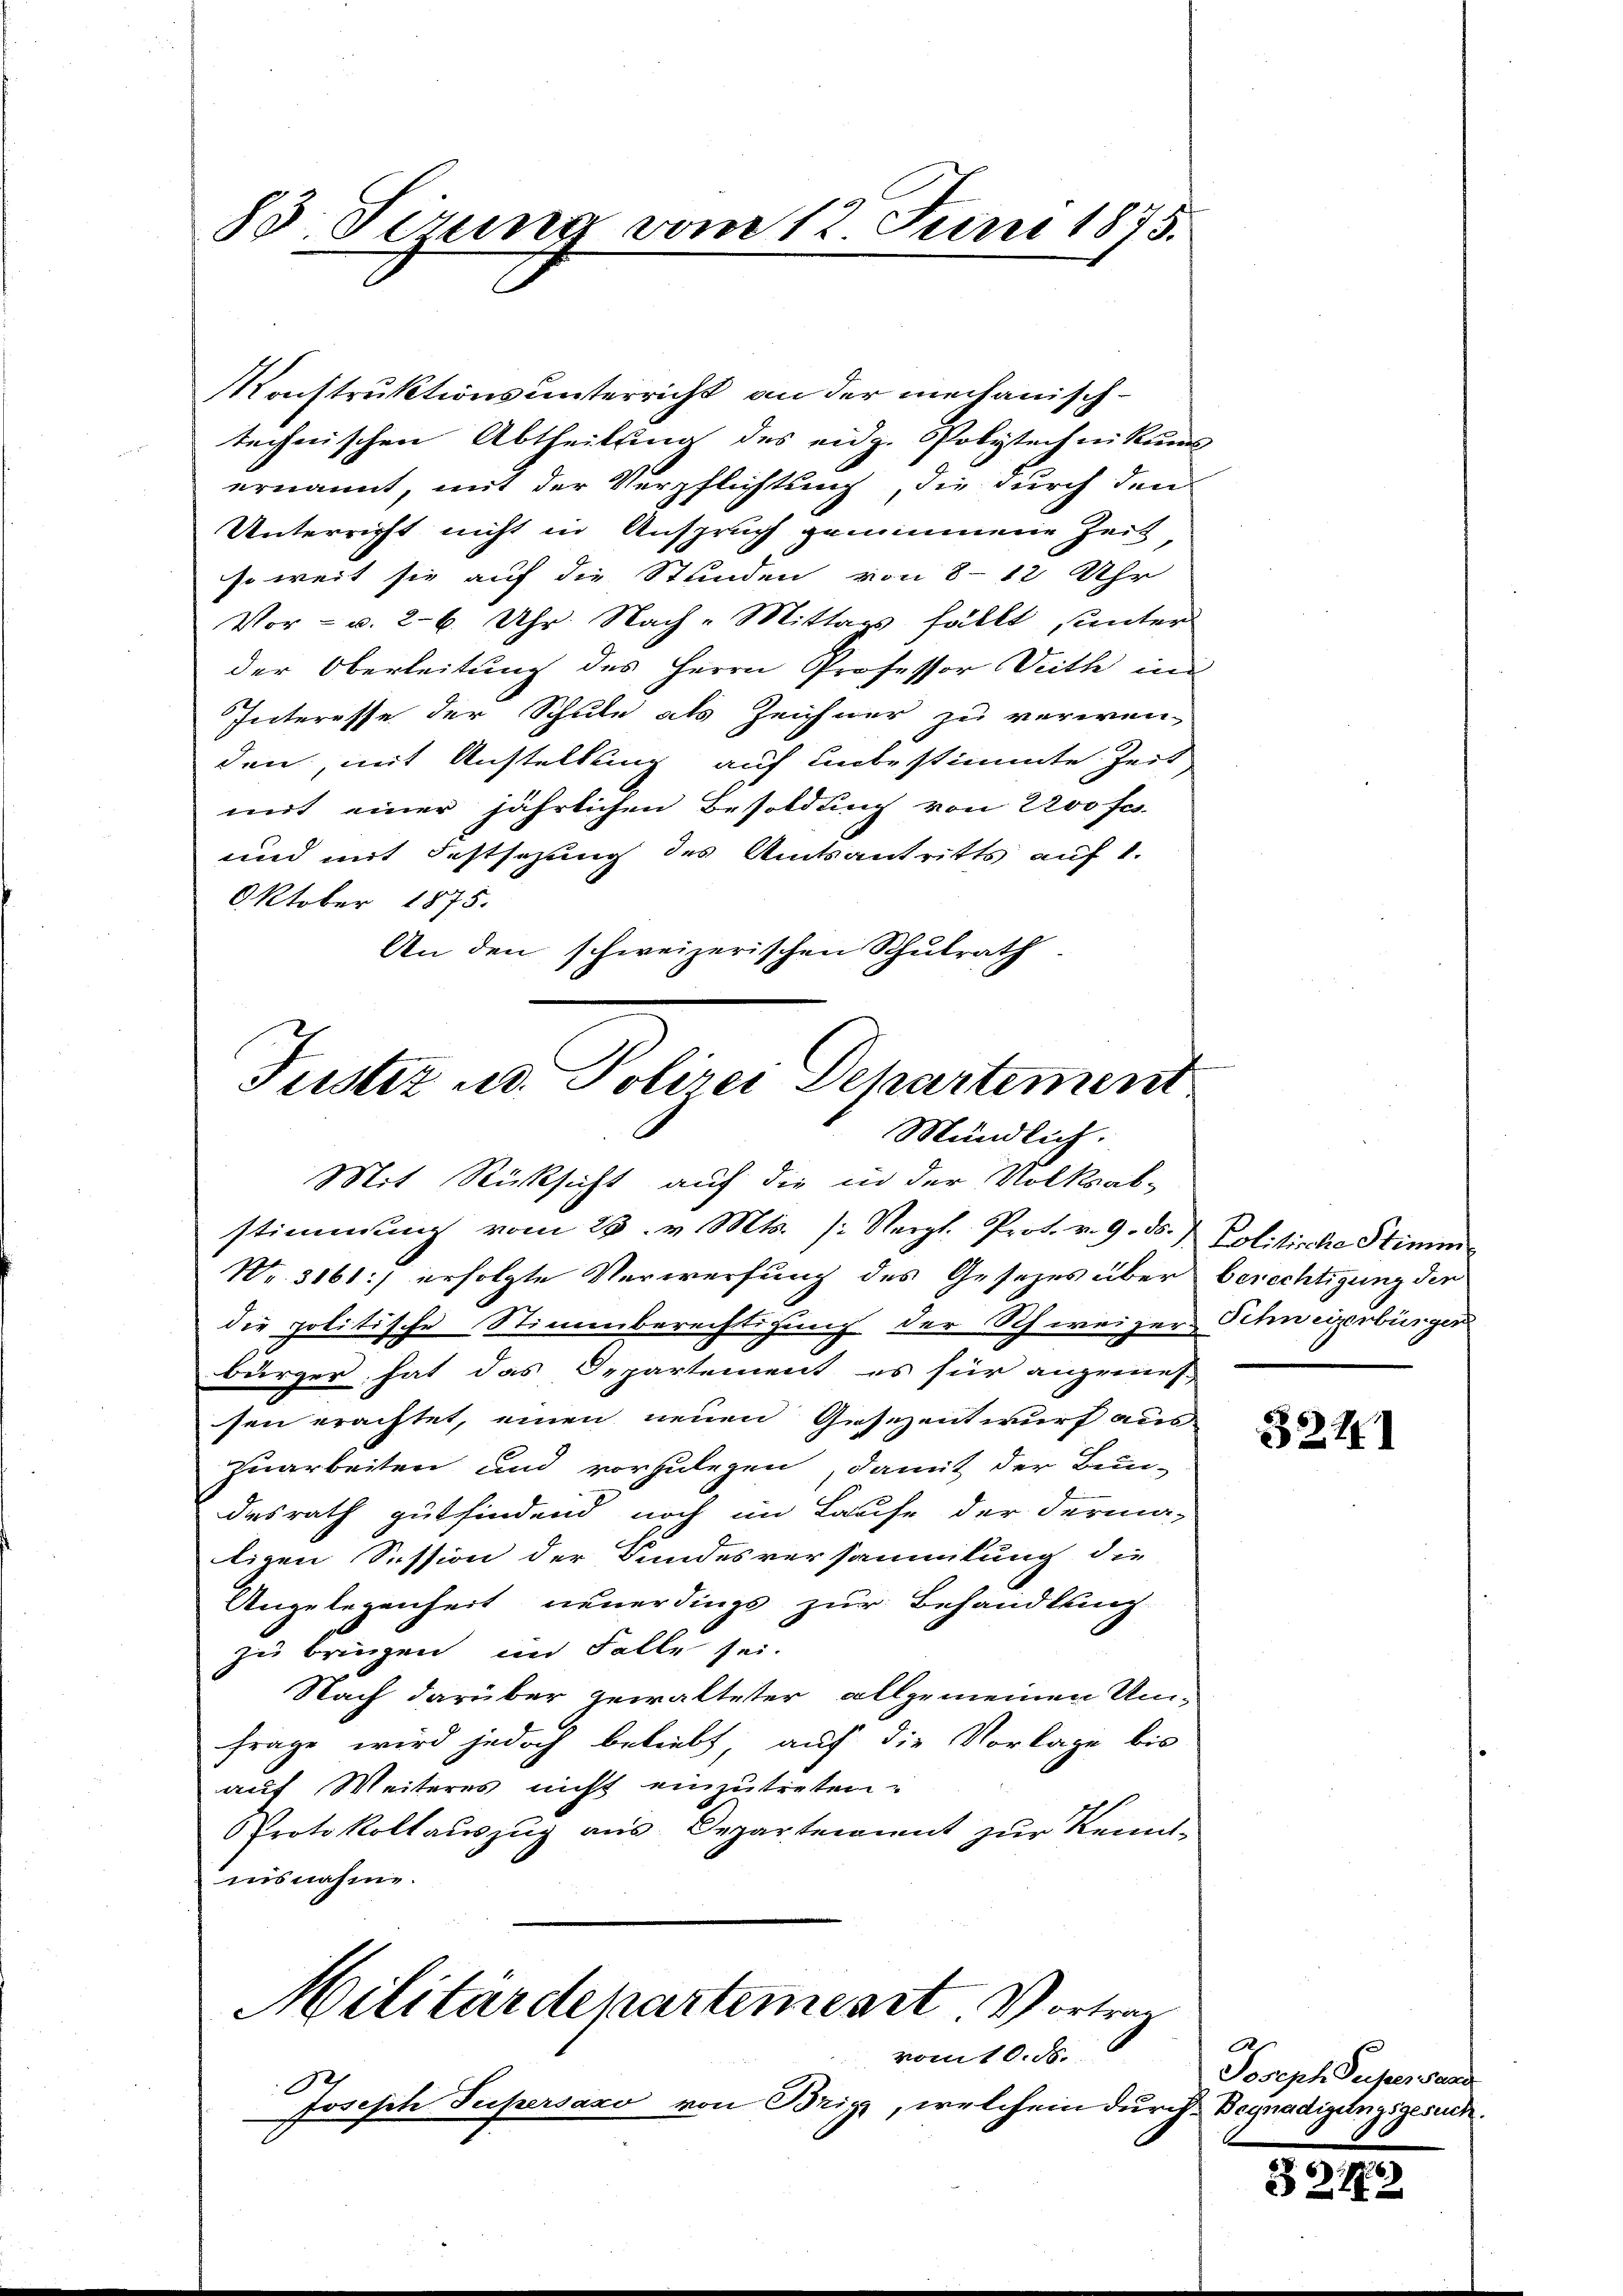
83 Sirung vom 12 Juni 1875.

Konstruktionsunterricht an der mechanischtechnischen Abtheilung des eidg. Polytechnikums
ernannt, mit der Verpflichtung, die durch den
Unterricht nicht in Anspruch genommene Zeit
so weit sie auf die Stunden von 8-12 Uhr
Vor- u. 26. Uhr Nach-Mittags fällt, unter
der Oberleitung des Herrn Professor Deth in
Interesse der Schule als Zeichner zu verwen-
den, mit Anstellung auf unbestimmte Zeit
mit einer jährlichen Besoldung von 200 fes
und mit Festsezung des Amtsantritts auf 1.
Oktober 1875.
An den schweizerischen Schulrath.

Justiz u. Polizei Departement
Mündlich.

Mit Rücksicht auf die in der Volksab-
stimmung vom 23. v. Mts. (: Vergl. Prof. v. 9. ds. & Politische Stimm
Nr. 3161) erfolgte Verwerfung des Gesetzes über berechtigung der
die politische Stimmberechtigung der Schweizers Schweizerbürger
bürger hat das Departement es für angemes-
sen erachtet, einen neuen Gesezentwurf aus-
zuarbeiten und vorzulegen, damit der Bun-
desrath gutfindend noch im Laufe der derma-
ligen Session der Sundesversammlung die
Ungelegenheit neuerdings zur Behandlung
zu bringen im Falle sei.
Nach darüber gewalteter allgemeinen Um¬
Frage wird jedoch beliebt auf die Vorlage bis
auf Weiteres nicht einzutreten.
Protokollaŭszŭg aŭs Departement zŭr Kennt-
insnahme.
Militärdepartement Vortrag
vom 10. d.
Joseph Supersaxo von Brig, welchem durch Begnadigungsgesuch.

324

.
Joseph Deser Saad

324